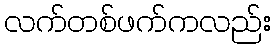
လက်တစ်ဖက်ကလည်း